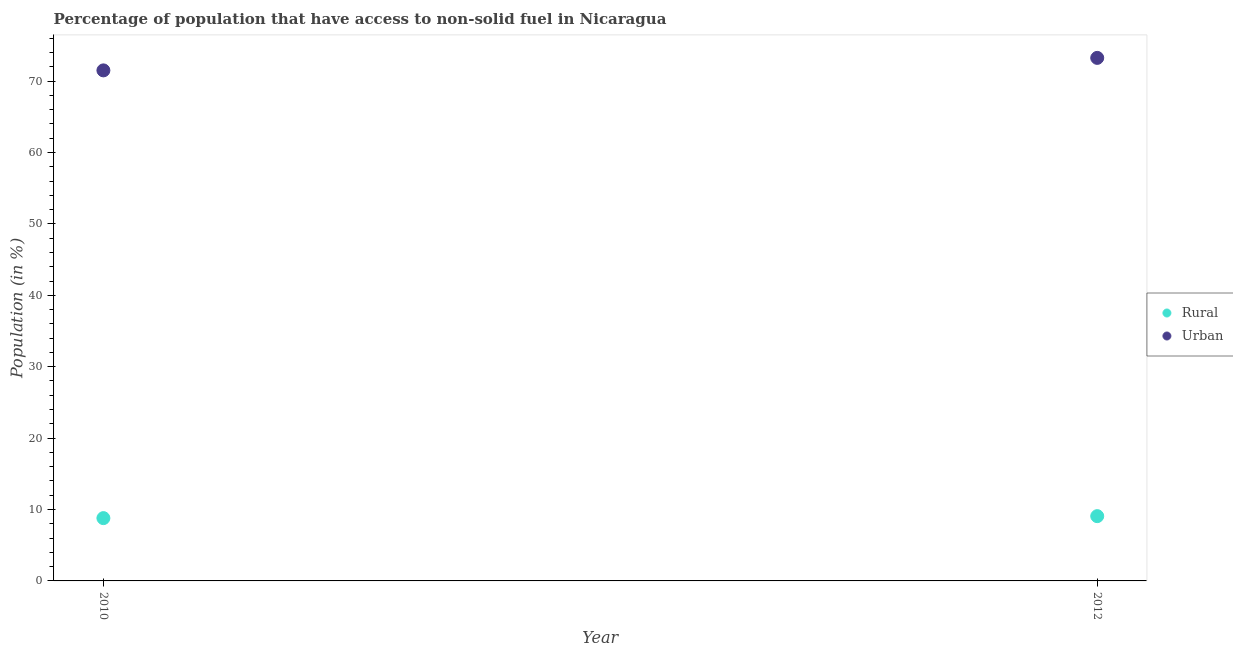
| Year | Rural | Urban |
 | --- | --- | --- |
 | 2010 | 8.79 | 71.5 |
 | 2012 | 9.07 | 73.2 |